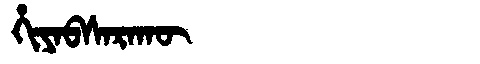
Manchu: ᡥᡳᠶᠠᠪᠰᠠᡵᠠᡴᡡ
Romanization: HIYABSARAKŪ